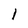
Character: I